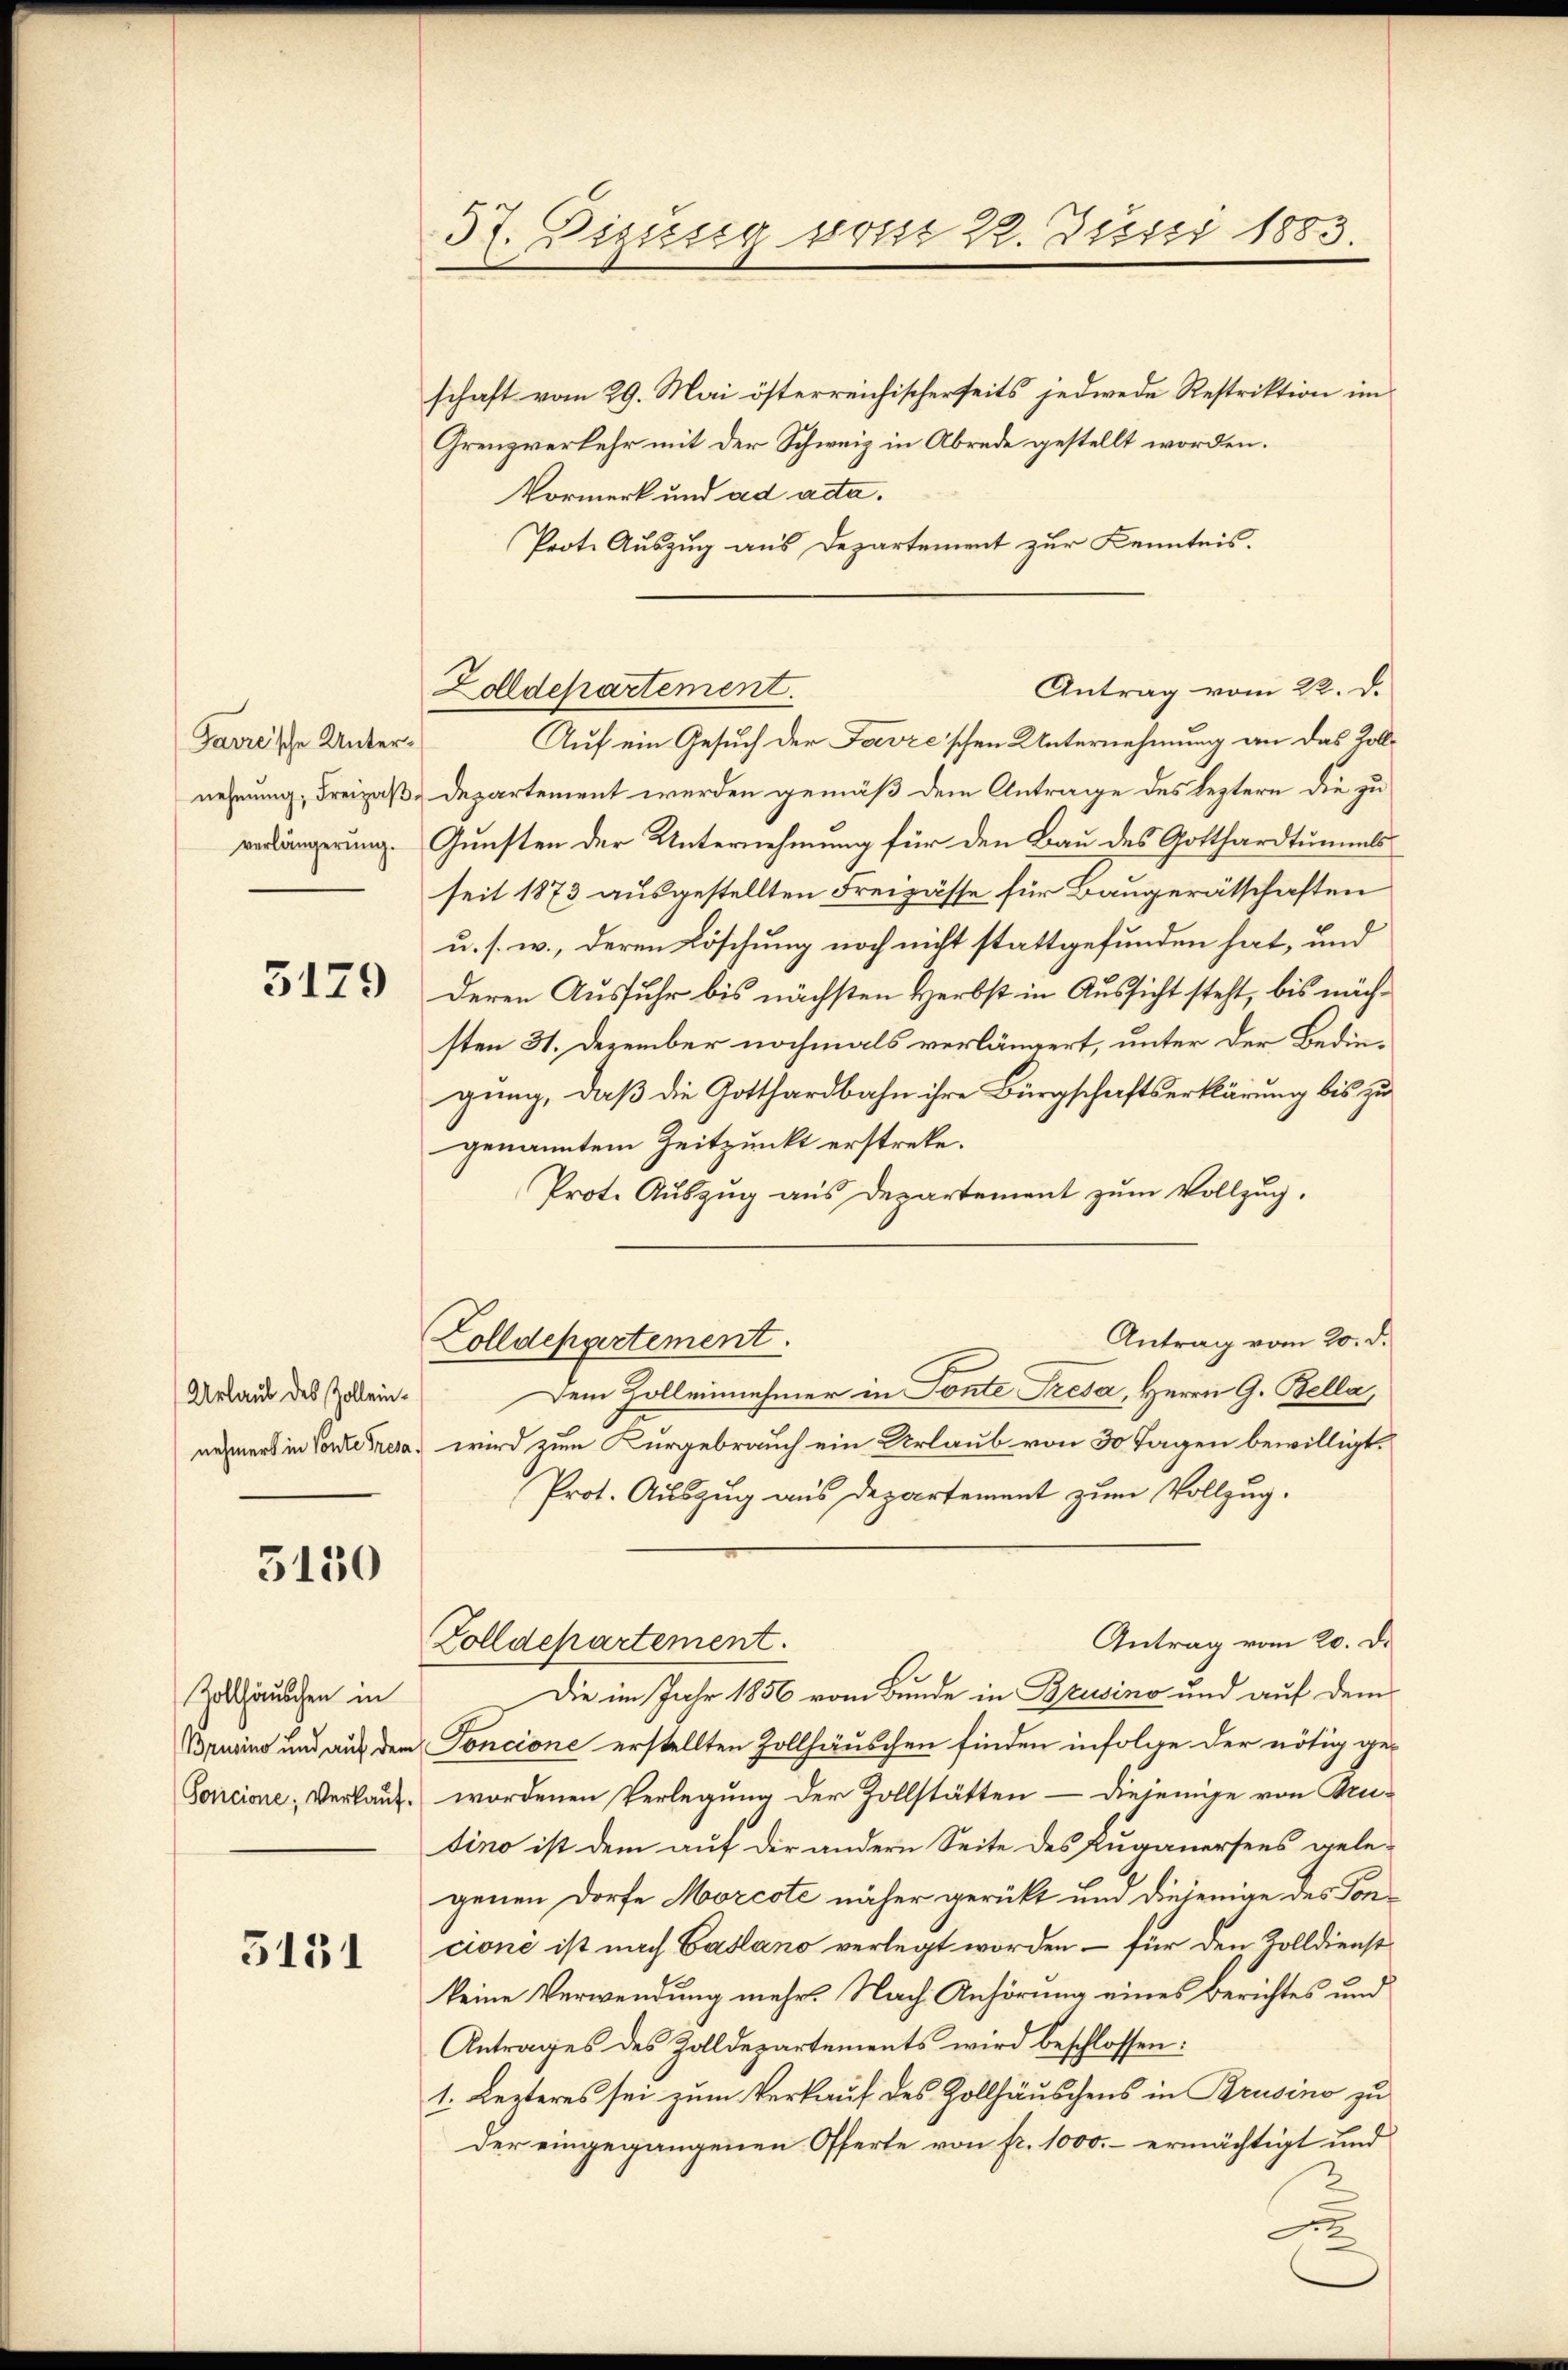
Garze’sche Unternehmung, Freizaßverlängerung.

3179

Urlaub des Zolleinnehmers in Conte Tresa

3130

schaft vom 29. Mai österreichischerseits jedwede Restriktion im
Grenzverkehr mit der Schweiz in Abrede gestellt worden.
Vormerk und ad acta.
Prote Auszug aus Departement zur Kenntnis.

Zollhäuschen in
Brusino und auf dem
Sorcione; Verkauf.

5131

57. Diszig vom 22. Justi 1883

Antrag vom 22. d.
Zolldepartement.

Colldepartement.

Auf ein Gesuch der Favre'schen Unternehmung an das Zolldepartement werden gemäß dem Antrage des Leztern die zu
Gunsten der Unternehmung für den Bau des Gotthardtummls
seit 1873 ausgestellten Freizässe für Baugerätschaften
u. s. w., deren Löschung noch nicht stattgefunden hat, und
deren Ausfuhr bis nächsten Herbst in Aussicht steht, bis nächsten 31. Dezember nochmals verlängert, unter der Bedingung, daß die Gotthardbahn ihre Bürgschaftserklärung bis zu
genanntem Zeitpunkt erstrete.
Prot. Auszug aus Departement zum Vollzug.
Antrag vom 20. d.
Dem Zoll einnehmer in Ponte Tresa, Herrn G. Bella
wird zum Kurgebrauch ein Urlaub von 30 Tagen bewilligt.
Prot. Auszug aus Departement zum Vollzug.
Antrag vom 20. De
Zolldepartement.
Die im Jahr 1856 vom Bunde in Brusino und auf dem
Toncione erstellten Zollhäuschen finden infolge der nötig ge-
wordenen Verlegung der Zollstätten – diejenige von Brutino ist dem auf der andern Seite des Luganersees gelegenen Dorfe Morcote näher gerückt und diejenige des Soncioni ist nach Casano verlegt worden – für den Zolldienst
keine Verwendung mehr. Nach Anhörung eines Berichtes und
Antrages des Zolldepartements wird beschlossen:
1. Lezteres sei zum Verkauf des Zollhäuschens in Brusino zu
der eingegangenen Offerte von fr. 1000.- ermächtigt und